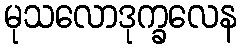
မုသလောဒုက္ခလေန